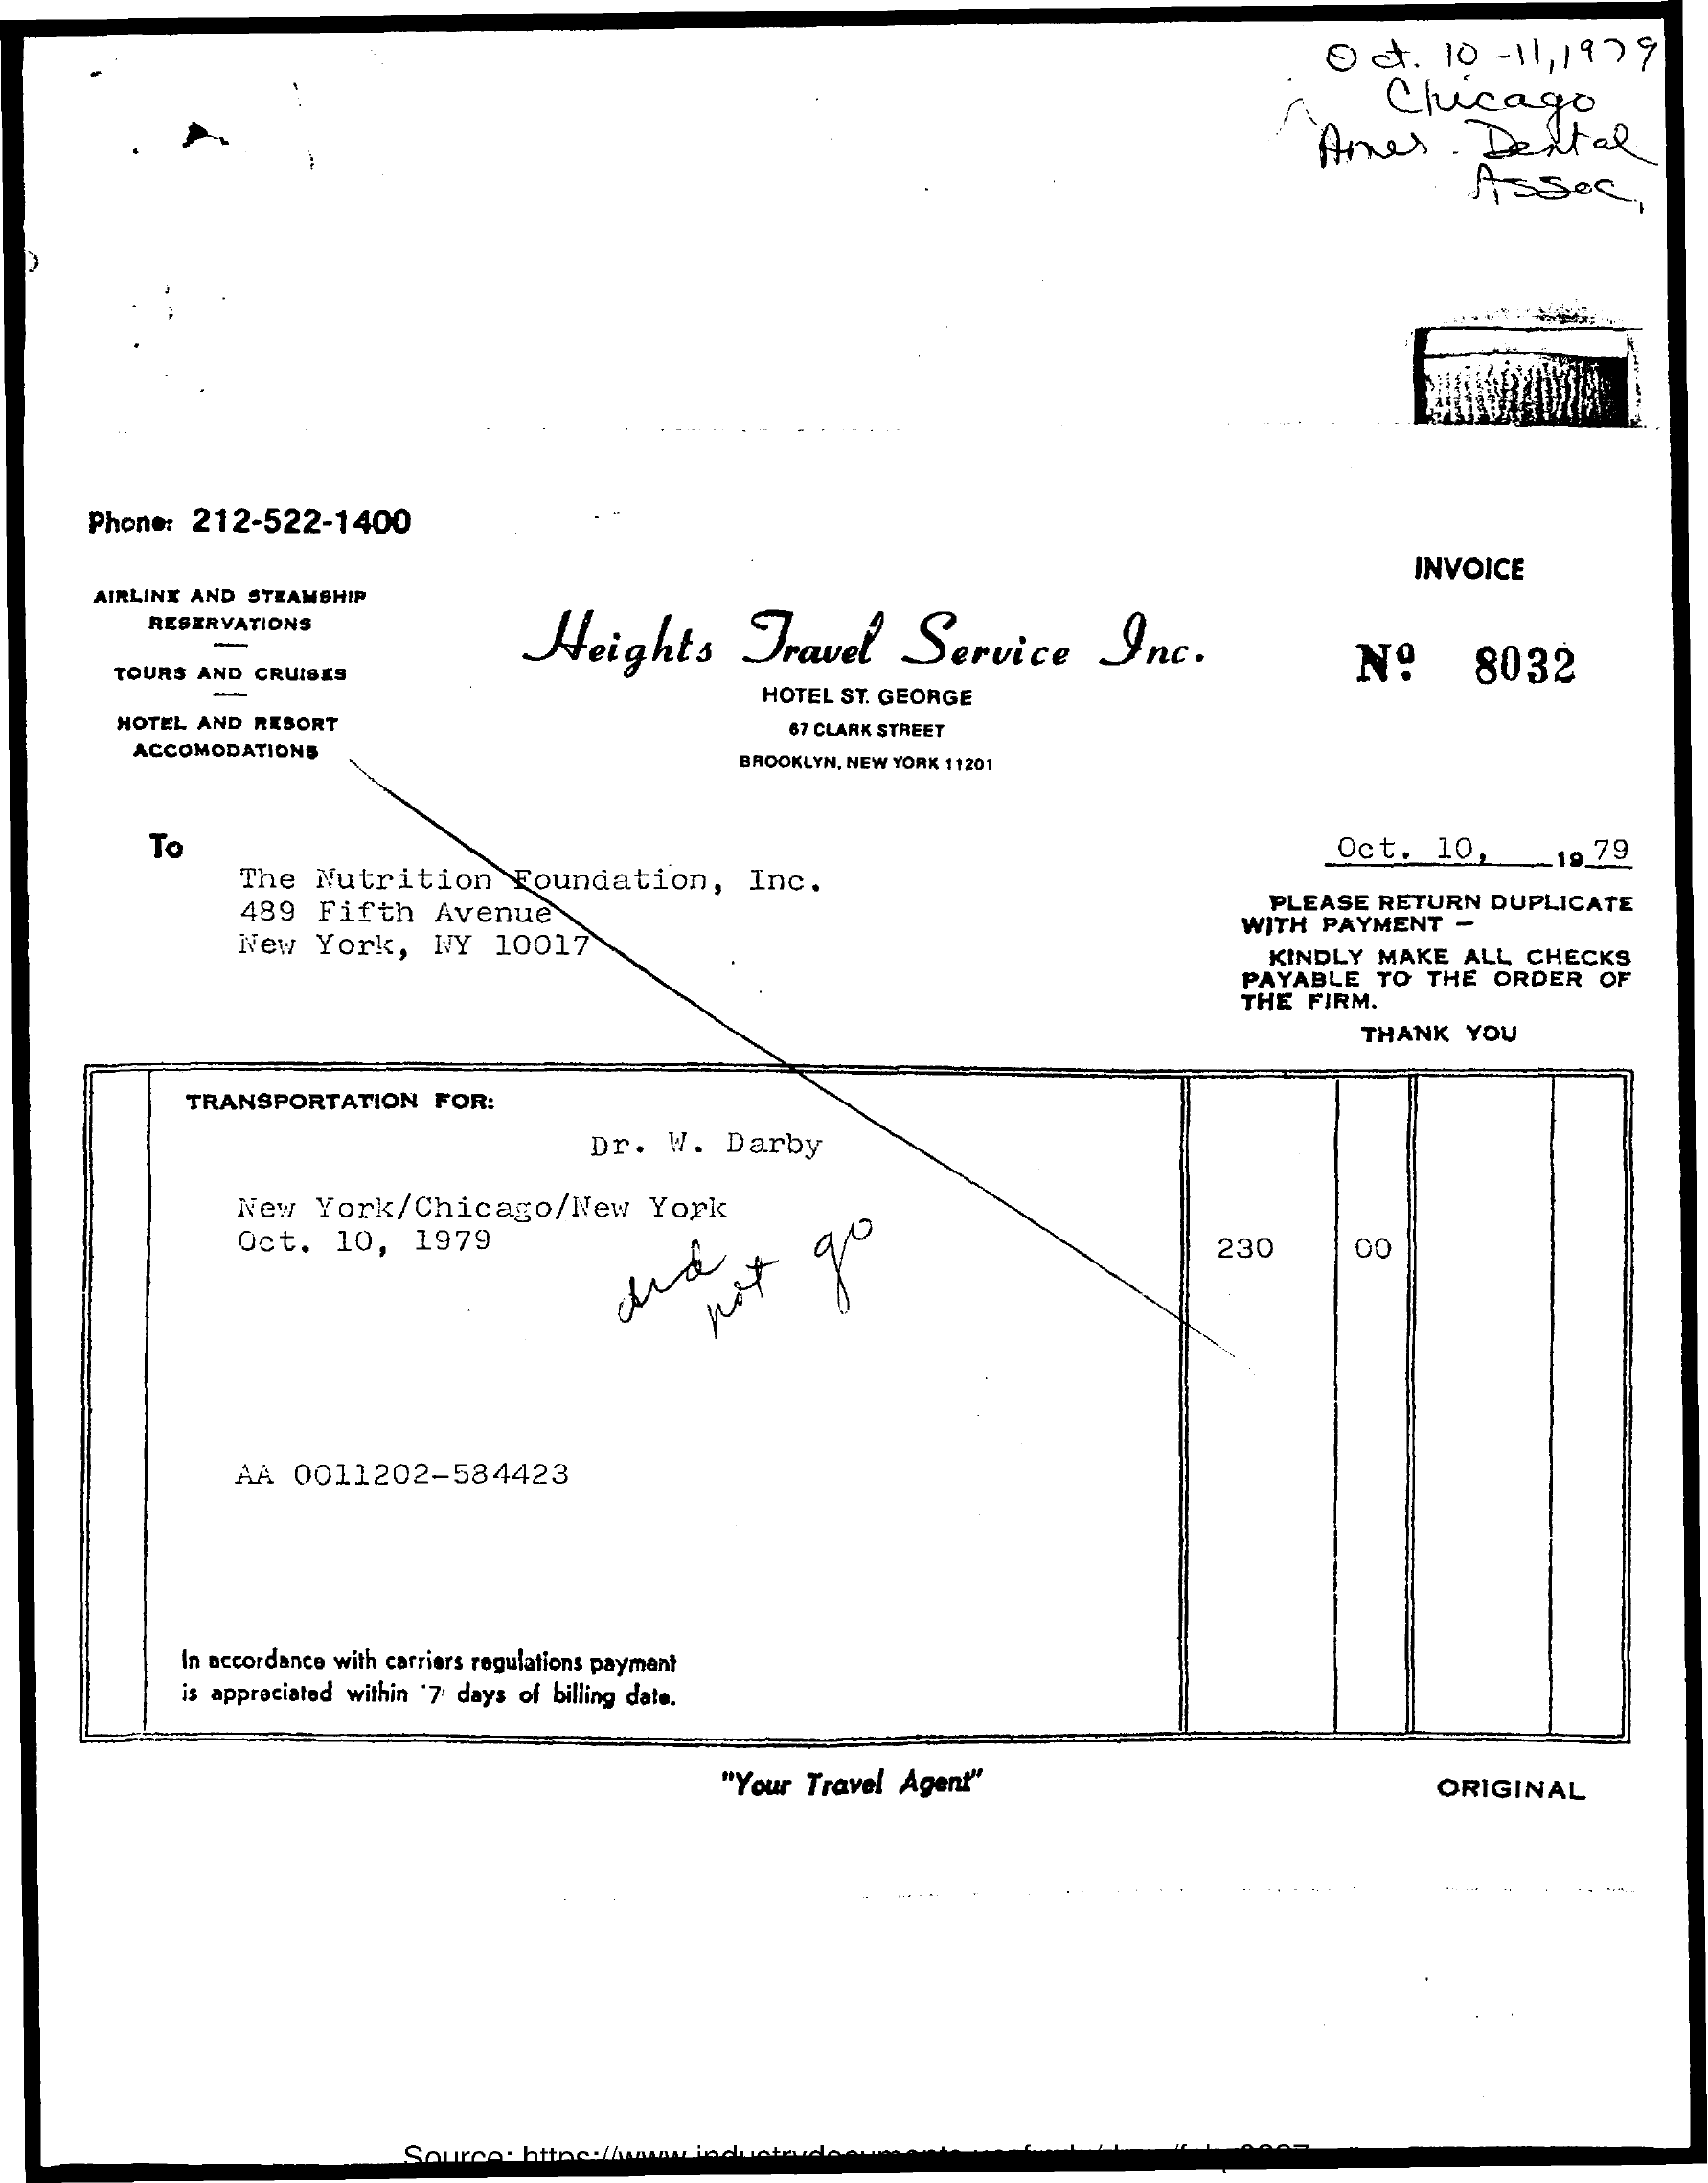
Od.    10   - 11, 1979
     Chicago
     Amer    . Dettal
     Assoc,
     Phone:  212-522-1400
     INVOICE
     AIRLINE AND  STEAMSHIP
     RESERVATIONS
     Heights    Travel    Service    Inc. -
     Nº    8032 TOURS AND CRUISES
     HOTEL  ST. GEORGE
     HOTEL AND  RESORT    67 CLARK STREET
     ACCOMODATIONS    BROOKLYN, NEW YORK 11201
     To
     The   Nutrition    Foundation,    Inc.
     Oct.    10,    19.79
     489   Fifth    Avenue    PLEASE   RETURN    DUPLICATE
     New   York,    NY   10017
     WITH  PAYMENT    -
     KINDLY   MAKE   ALL   CHECKS
     PAYABLE    TO  THE   ORDER   OF
     THE  FIRM.
     THANK    YOU
     TRANSPORTATION    FOR:
     Dr.   W.   Darby
     New   York/Chicago/New    York
     Oct.    10,   1979    230    00
     not
     go
     AA  0011202-584423
     In accordance with carriers regulations payment
     is appreciated within '7 days of billing date.
     "Your  Travel  Agent"    ORIGINAL
     So